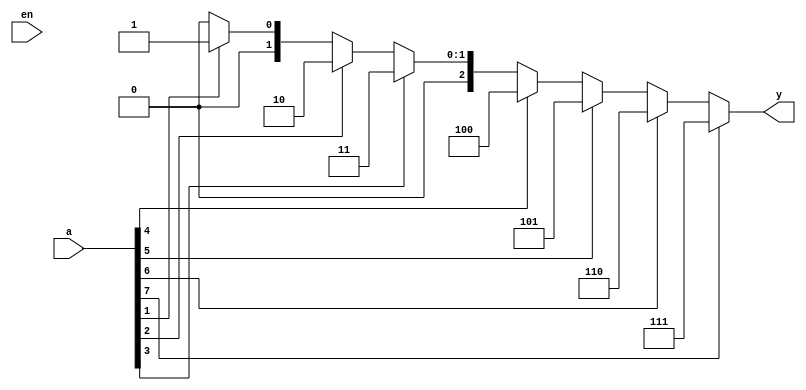

module Pr_Encoder8x3(

    input [7:0]a,
    input en,
    output reg [2:0]y
);

always @(*) begin
    if(en==0) begin
     y=0;
    end 
    case(1)
        a[7]:y=3'b111;
        a[6]:y=3'b110;
        a[5]:y=3'b101;
        a[4]:y=3'b100;
        a[3]:y=3'b011;
        a[2]:y=3'b010;
        a[1]:y=3'b001;
        a[0]:y=3'b000;
     default:y=0;
   endcase
end

endmodule